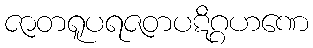
ဇာတရူပရဇတပဋိဂ္ဂဟဏေ